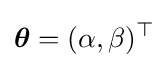
{\boldsymbol {\theta }}=(\alpha ,\beta )^{\top }